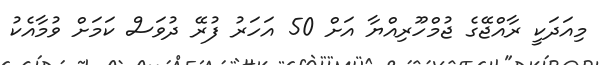
މިއަދަކީ ރާއްޖޭގެ ޖުމްހޫރިއްޔާ އަށް 50 އަހަރު ފުރޭ ދުވަސް ކަމަށް ވުމާއެކު